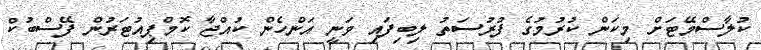
ކުލާސްމޭޓަށް މިކަން ކުރުމުގެ ފުރުސަތު ލިބިފައި ވަނީ އަންހެން ކުއްޖާ ކޮމްޕިއުޓަރުން ފޭސްބުކް